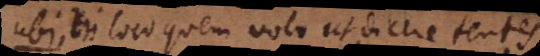
de loco quem volo ut dicere tentes